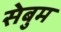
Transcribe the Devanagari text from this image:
सेबुम